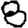
Digit: 8